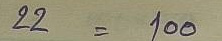
22 = 100